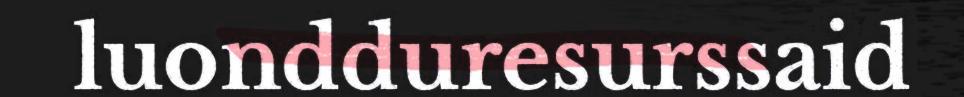
luondduresurssaid